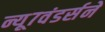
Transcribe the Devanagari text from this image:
न्यू७वंडर्सने